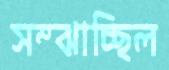
সম্‌ঝাচ্ছিল